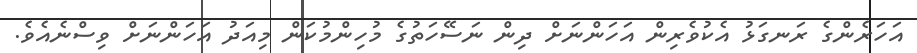
އަހަރެންގެ ރަނގަޅު އެކުވެރިން އަހަންނަށް ދިން ނަސޭހަތުގެ މުހިންމުކަން މިއަދު އަހަންނަށް ވިސްނެއެވެ.